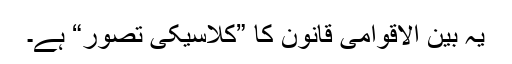
یہ بین الاقوامی قانون کا ”کلاسیکی تصور“ ہے۔